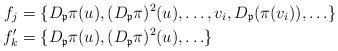
LaTeX: \begin{align*}f_j &=\{D_{\mathfrak{p}}\pi(u), (D_{\mathfrak{p}}\pi)^2(u), \ldots, v_i, D_{\mathfrak{p}}(\pi(v_i)),\ldots\}\\f'_k &=\{D_{\mathfrak{p}}\pi(u), (D_{\mathfrak{p}}\pi)^2(u), \ldots\}\end{align*}